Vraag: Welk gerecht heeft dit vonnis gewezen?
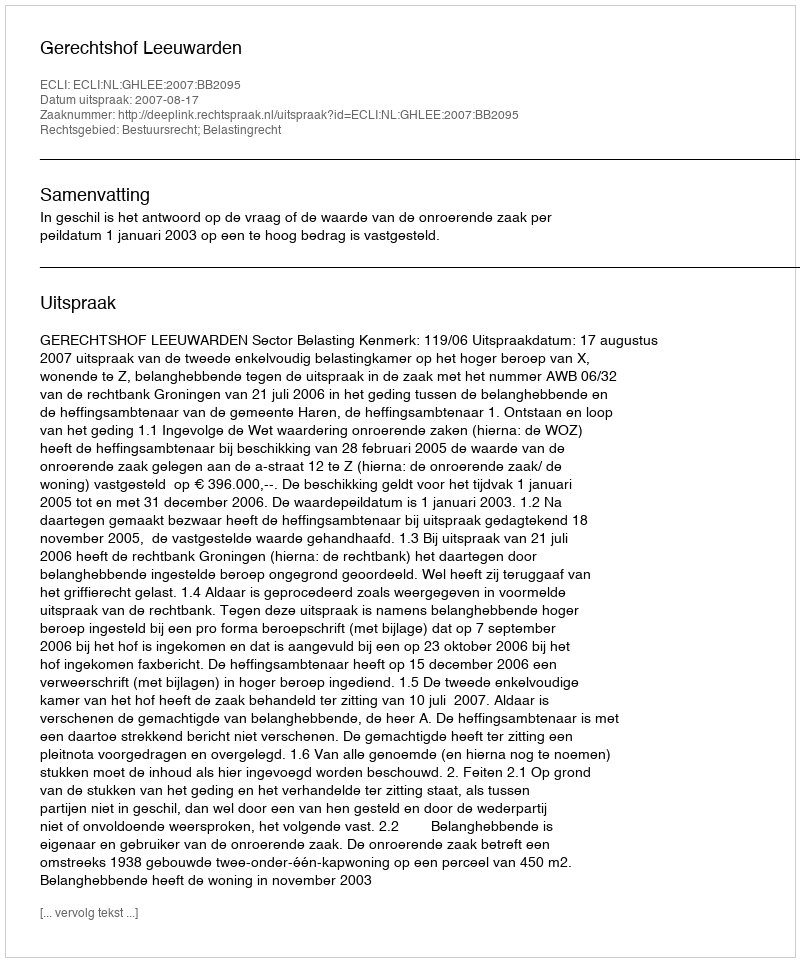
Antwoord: Gerechtshof Leeuwarden